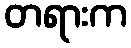
တရားက